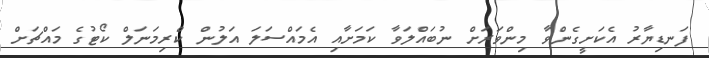
ފަނޑިޔާރު އެކަށީގެންވާ މިންވަރަށް ނުބައްލަވާ ކަމަށާއި އެމައްސަލަ އަލުން ކްރިމަނަލް ކޯޓުގެ މައްޗަށް